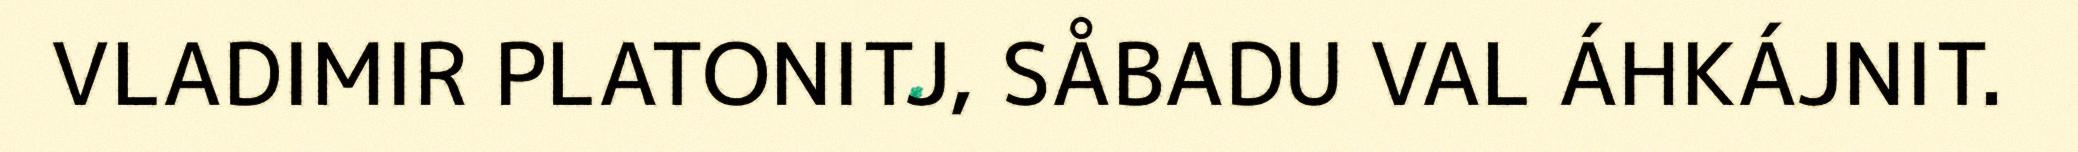
VLADIMIR PLATONITJ, SÅBADU VAL ÁHKÁJNIT.